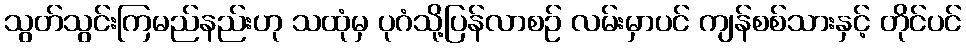
သွတ်သွင်းကြမည်နည်းဟု သထုံမှ ပုဂံသို့ပြန်လာစဉ် လမ်းမှာပင် ကျန်စစ်သားနှင့် တိုင်ပင်